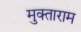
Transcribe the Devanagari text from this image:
मुक्ताराम